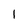
Character: 1